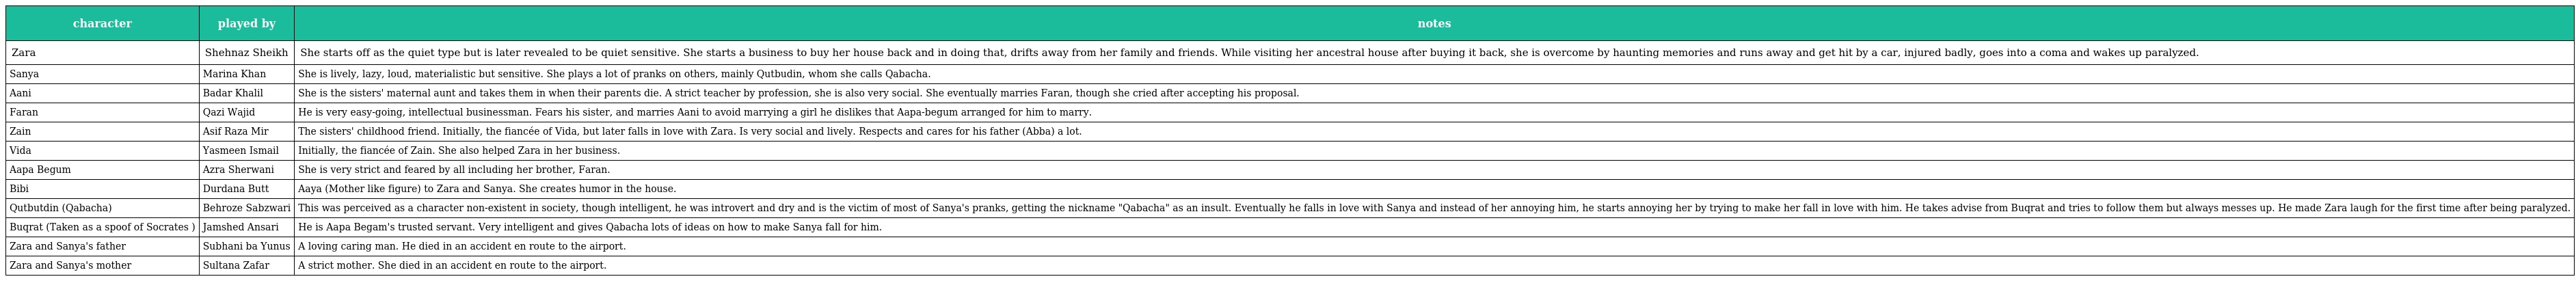
| character | played by | notes |
 | --- | --- | --- |
 | Zara | Shehnaz Sheikh | She starts off as the quiet type but is later revealed to be quiet sensitive. She starts a business to buy her house back and in doing that, drifts away from her family and friends. While visiting her ancestral house after buying it back, she is overcome by haunting memories and runs away and get hit by a car, injured badly, goes into a coma and wakes up paralyzed. |
 | Sanya | Marina Khan | She is lively, lazy, loud, materialistic but sensitive. She plays a lot of pranks on others, mainly Qutbudin, whom she calls Qabacha. |
 | Aani | Badar Khalil | She is the sisters' maternal aunt and takes them in when their parents die. A strict teacher by profession, she is also very social. She eventually marries Faran, though she cried after accepting his proposal. |
 | Faran | Qazi Wajid | He is very easy-going, intellectual businessman. Fears his sister, and marries Aani to avoid marrying a girl he dislikes that Aapa-begum arranged for him to marry. |
 | Zain | Asif Raza Mir | The sisters' childhood friend. Initially, the fiancée of Vida, but later falls in love with Zara. Is very social and lively. Respects and cares for his father (Abba) a lot. |
 | Vida | Yasmeen Ismail | Initially, the fiancée of Zain. She also helped Zara in her business. |
 | Aapa Begum | Azra Sherwani | She is very strict and feared by all including her brother, Faran. |
 | Bibi | Durdana Butt | Aaya (Mother like figure) to Zara and Sanya. She creates humor in the house. |
 | Qutbutdin (Qabacha) | Behroze Sabzwari | This was perceived as a character non-existent in society, though intelligent, he was introvert and dry and is the victim of most of Sanya's pranks, getting the nickname "Qabacha" as an insult. Eventually he falls in love with Sanya and instead of her annoying him, he starts annoying her by trying to make her fall in love with him. He takes advise from Buqrat and tries to follow them but always messes up. He made Zara laugh for the first time after being paralyzed. |
 | Buqrat (Taken as a spoof of Socrates ) | Jamshed Ansari | He is Aapa Begam's trusted servant. Very intelligent and gives Qabacha lots of ideas on how to make Sanya fall for him. |
 | Zara and Sanya's father | Subhani ba Yunus | A loving caring man. He died in an accident en route to the airport. |
 | Zara and Sanya's mother | Sultana Zafar | A strict mother. She died in an accident en route to the airport. |